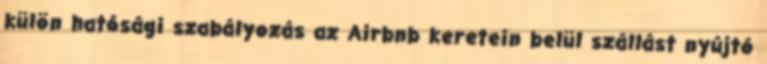
külön hatósági szabályozás az Airbnb keretein belül szállást nyújtó